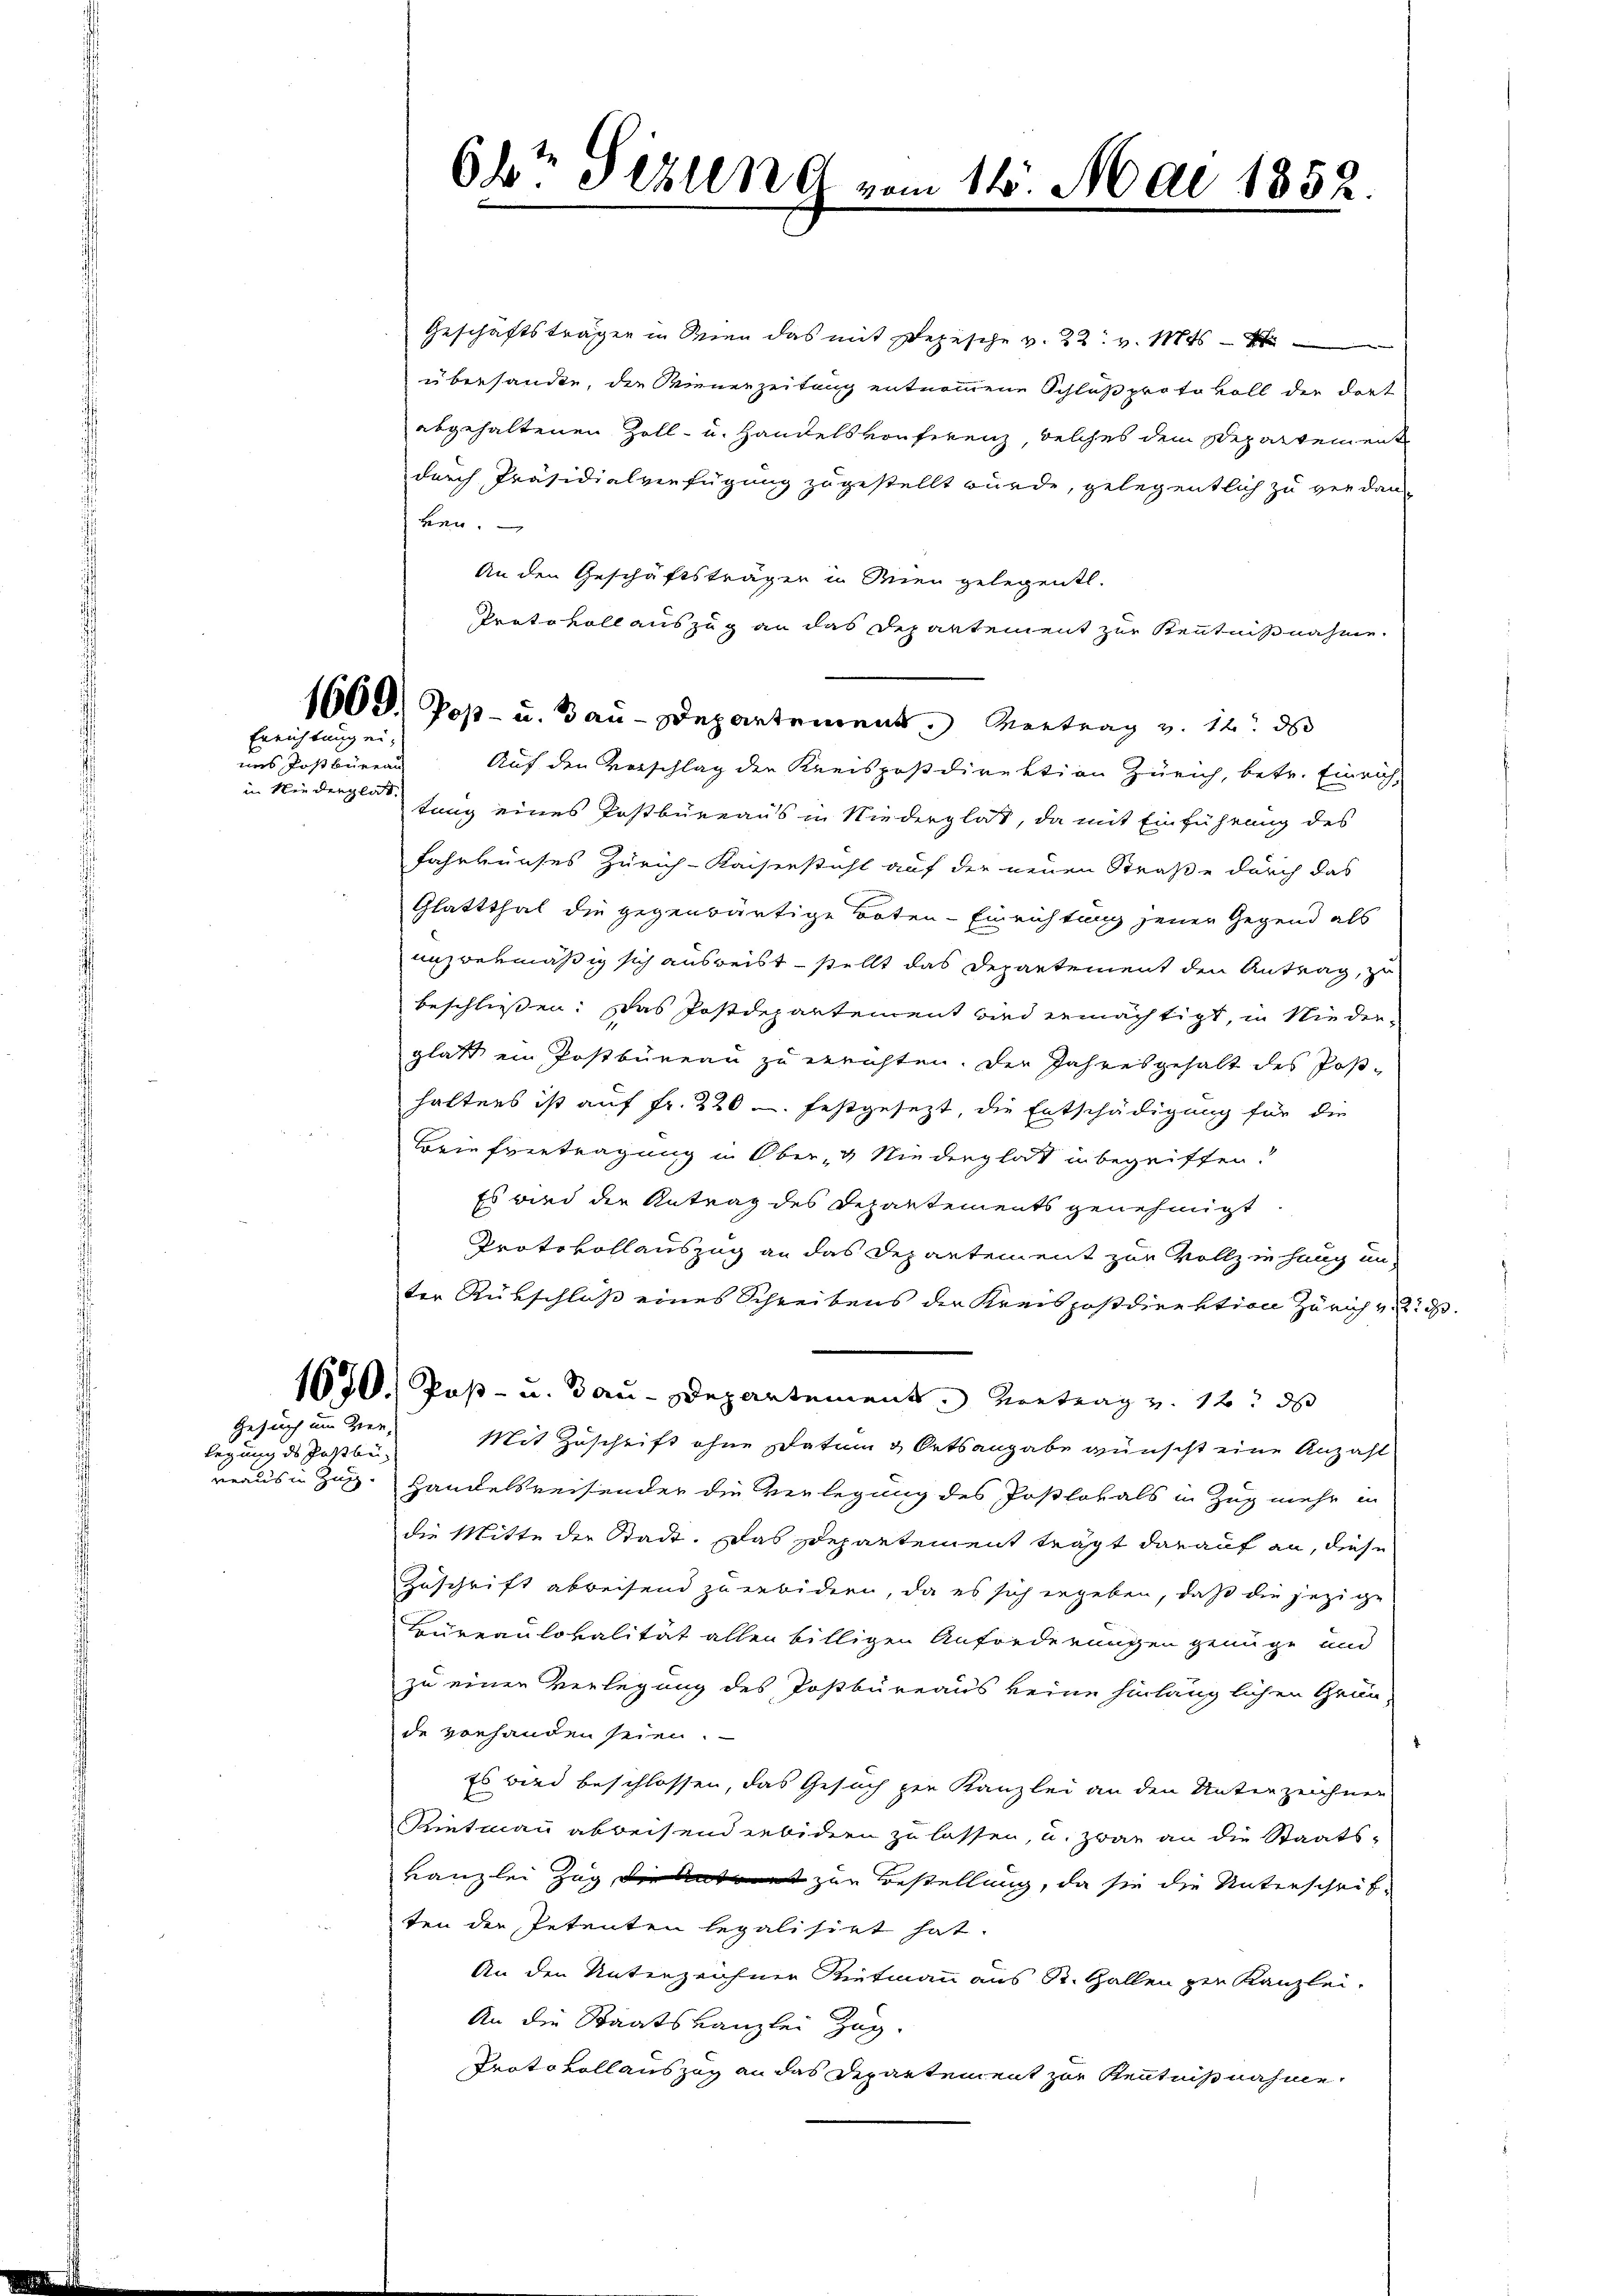
Geschäftsträgen in Wien das mit Bezische v. 22. v. Mts.
übersandte, die Wienerzeitung entnommene Schluß protokoll der dort
abgehaltenen Zoll- u. Handelskonferenz, welches dem Departement
durch Präsidialverfügung zugestellt würde, gelegentlich zu verdan-
ben.
An den Geschäftsträgen in Wien gelegentl.
Protokoll auszug an das Departement zur Kenntnißnahme.
1600. Post- u. Bau-Departement. Vertrag v. 12. ds
Auf den Vorschlag der Kreispostdirektion Zürich, betr. Einrich,
tung eines Postbüreaus in Niederglat, da mit Einführung des
fahrkurses Zürich-Kaiserstuhl auf der neuen Straße durch das
Glattthal die gegenwärtige Boten-Einrichtung jenen Gegend als
unzwekmäßig sich ausreist – stellt das Departement den Antrag, zu
beschließen: Das Postdepartement wird ermächtigt, in Niederglatt ein Postbüreau zu errichten. Der Jahresgehalt des Post-
haltens ist auf fr. 220 u. festgesezt, die Entschädigung für die
Briefreutragung in Ober- & Niederglat in begriffen?
Es wird der Antrag des Departements genehmigt
Protokollauszug an das Departement zur Vollz in hang unter Rükschluß eines Schreibens der Kreispostdirektion Zürich vie
1670. Post- u. Bau-Departement. Vortrag u. 12. ds
Mit Zuschrift ohne Datum & Ortsangabe wünscht eine Anzahl
reaus in Zug. Handelsreisender die Verlegung des Postlokals in Zug mehr in
die Mitte der Stadt. Das Departement trägt darauf an, diese
Zuschrift abweisend zu erbidern, da es sich ergeben, daß die jezige
Bureaulokalität allen billigen Anforderungen genüge und
zu einer Verlegung des Postbureaus keine hinlänglichen Grün-
de vorhanden seien.
Es wird beschlossen, das Gesuch zur Kanzlei an den Unterzeichnen
Kietnau abweisendenbidern zu lassen, u. zwar an die Staats-
kanzlei Zug, die Antrat zur Bestellung, da sie die Unterschriften der Petenten legalisirt hat.
An den Unterzeichnen Rietmann aus St. Gallen zur Kanzlei-
An die Staatskanzlei Zug.
Protokoll auszug an das Departement zur Kenntnißnahme,

Errichtung ei¬

nes Postbüreau
in Niederglatt.

Gesuch um Zier
legung des Postbe¬

Obt Gezung vom 14. Mai 1852.